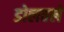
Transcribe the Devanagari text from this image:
डोलवले